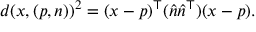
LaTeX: d ( x , ( p , n ) ) ^ { 2 } = ( x - p ) ^ { \top } ( { \hat { n } } { \hat { n } } ^ { \top } ) ( x - p ) .